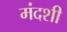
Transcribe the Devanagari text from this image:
मंदशी